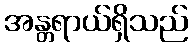
အန္တရာယ်ရှိသည်